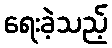
ရေးခဲ့သည့်